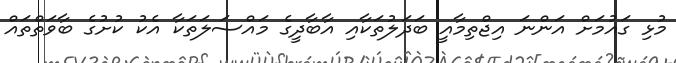
މުޅި ގައުމަށް އަންނަ އިޖްތިމާއީ ބަދަލުތަކާއި އާބާދީގެ މައްސަލަތަކާ އެކު ކުށުގެ ބާވަތްތައް